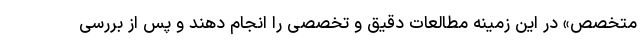
متخصص» در این زمینه مطالعات دقیق و تخصصی را انجام دهند و پس از بررسی